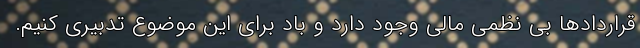
قراردادها بی نظمی مالی وجود دارد و باد برای این موضوع تدبیری کنیم.